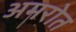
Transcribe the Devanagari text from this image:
अमरोत